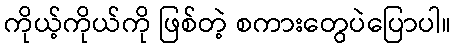
ကိုယ့်ကိုယ်ကို ဖြစ်တဲ့ စကားတွေပဲပြောပါ။